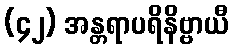
(၄၂) အန္တရာပရိနိဗ္ဗာယီ